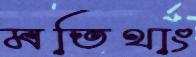
মতিথাং